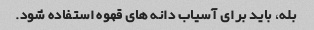
بله، باید برای آسیاب دانه های قهوه استفاده شود.